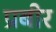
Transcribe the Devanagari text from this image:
प्रबीर